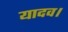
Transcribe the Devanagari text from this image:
यादव।